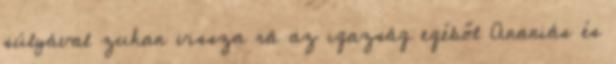
súlyával zuhan vissza rá az igazság egéből Ananiás és